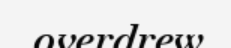
overdrew